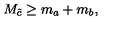
M _ { \tilde { c } } \geq m _ { a } + m _ { b } ,